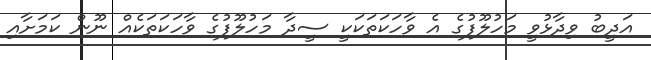
އަދީބު ވިދާޅުވީ މަހުލޫފުގެ އެ ވާހަކަތަކަކީ ސީދާ މަހުލޫފުގެ ވާހަކަތަކެއް ނޫން ކަމަށާއި